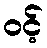
ဝင့်